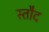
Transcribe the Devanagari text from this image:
स्तौद